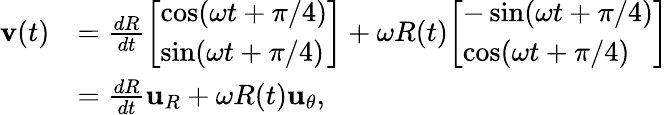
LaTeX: {\begin{array}{rl}{\mathbf{v}(t)}&{={\frac{dR}{dt}}{\left[\begin{array}{l}{\cos(\omega t+\pi/4)}\\ {\sin(\omega t+\pi/4)}\end{array}\right]}+\omega R(t){\left[\begin{array}{l}{-\sin(\omega t+\pi/4)}\\ {\cos(\omega t+\pi/4)}\end{array}\right]}}\\ &{={\frac{dR}{dt}}\mathbf{u}_{R}+\omega R(t)\mathbf{u}_{\theta},}\end{array}}